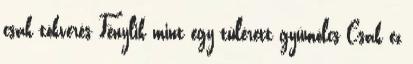
csak tökverés Fénylik mint egy túlérett gyümölcs Csak ez